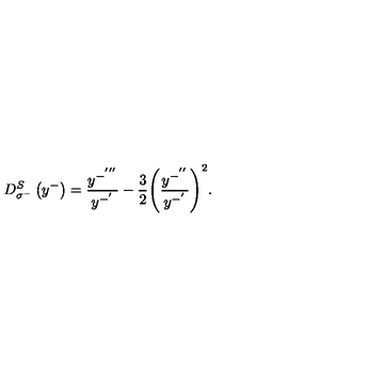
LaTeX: D _ { \sigma ^ { - } } ^ { S } \left( y ^ { - } \right) = \frac { y ^ { - ^ { ' ^ { \prime \prime } } } } { y ^ { - ^ { ' } } } - { \frac { 3 } { 2 } } { \left( \frac { y ^ { - ^ { ' ^ { \prime } } } } { y ^ { - ^ { ' } } } \right) } ^ { 2 } .